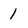
Character: 1